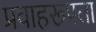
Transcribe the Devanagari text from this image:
प्रवाहरूपता